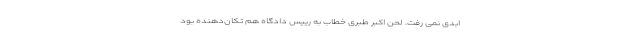
ابدی نمی رفت. لحن اکبر طبری خطاب به رییس دادگاه هم تکان‌دهنده بود